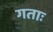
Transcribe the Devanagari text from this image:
गताः